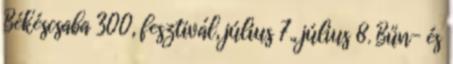
Békéscsaba 300, fesztivál, július 7., július 8. Bűn- és